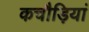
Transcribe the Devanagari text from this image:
कचौड़ियां